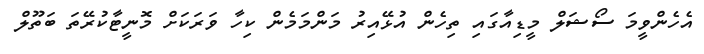
އެހެންވީމަ ސޯޝަލް މީޑިއާގައި ތިހެން އުޅޭއިރު މަންމަމެން ކިހާ ވަރަކަށް މޮނީޓާކުރޭތަ ބަތޫލް